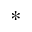
^ { * }